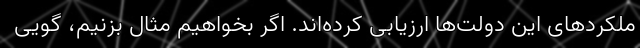
ملکردهای این دولت‌ها ارزیابی کرده‌اند. اگر بخواهیم مثال بزنیم، گویی